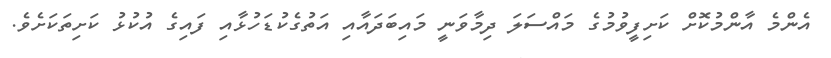
އެންމެ އާންމުކޮށް ކަށިފީވުމުގެ މައްސަލަ ދިމާވަނީ މައިބަދައާއި އަތުގެކުޑަހުޅާއި ފައިގެ އުކުޅު ކަށިތަކަށެވެ.